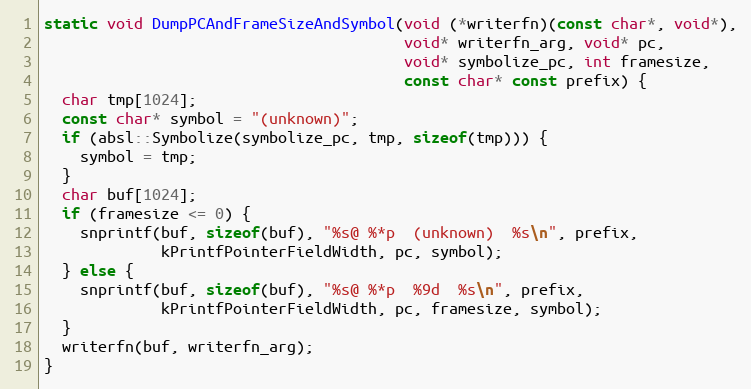
Language: C++
static void DumpPCAndFrameSizeAndSymbol(void (*writerfn)(const char*, void*),
                                        void* writerfn_arg, void* pc,
                                        void* symbolize_pc, int framesize,
                                        const char* const prefix) {
  char tmp[1024];
  const char* symbol = "(unknown)";
  if (absl::Symbolize(symbolize_pc, tmp, sizeof(tmp))) {
    symbol = tmp;
  }
  char buf[1024];
  if (framesize <= 0) {
    snprintf(buf, sizeof(buf), "%s@ %*p  (unknown)  %s\n", prefix,
             kPrintfPointerFieldWidth, pc, symbol);
  } else {
    snprintf(buf, sizeof(buf), "%s@ %*p  %9d  %s\n", prefix,
             kPrintfPointerFieldWidth, pc, framesize, symbol);
  }
  writerfn(buf, writerfn_arg);
}